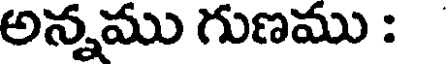
అన్నము గుణము :